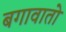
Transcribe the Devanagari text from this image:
बगावातो